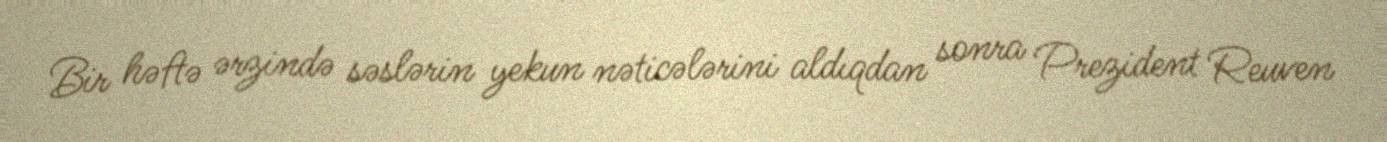
Bir həftə ərzində səslərin yekun nəticələrini aldıqdan sonra Prezident Reuven